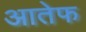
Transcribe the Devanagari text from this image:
आतेफ